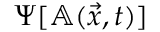
\Psi [ \mathbb { A } ( \vec { x } , t ) ]